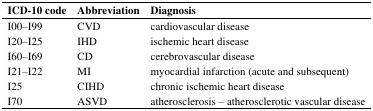
<table><thead><tr><td><b>ICD-10 code </b></td><td><b>Abbreviation</b></td><td><b>Diagnosis</b></td></tr></thead><tbody><tr><td>I00–I99</td><td>CVD</td><td>cardiovascular disease </td></tr><tr><td>I20–I25</td><td>IHD</td><td>ischemic heart disease </td></tr><tr><td>I60–I69</td><td>CD</td><td>cerebrovascular disease </td></tr><tr><td>I21–I22</td><td>MI</td><td>myocardial infarction (acute and subsequent)</td></tr><tr><td>I25</td><td>CIHD</td><td>chronic ischemic heart disease </td></tr><tr><td>I70</td><td>ASVD</td><td>atherosclerosis – atherosclerotic vascular disease </td></tr></tbody></table>